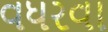
વધરવા